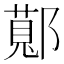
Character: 𬪖